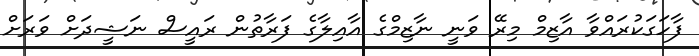
ފާހަގަކުރައްވާ އާޒިމް މިރޭ ވަނީ ނާޒިމްގެ އާއިލާގެ ފަރާތުން ރައީސް ނަޝީދަށް ވަރަށް